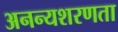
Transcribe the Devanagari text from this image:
अनन्यशरणता